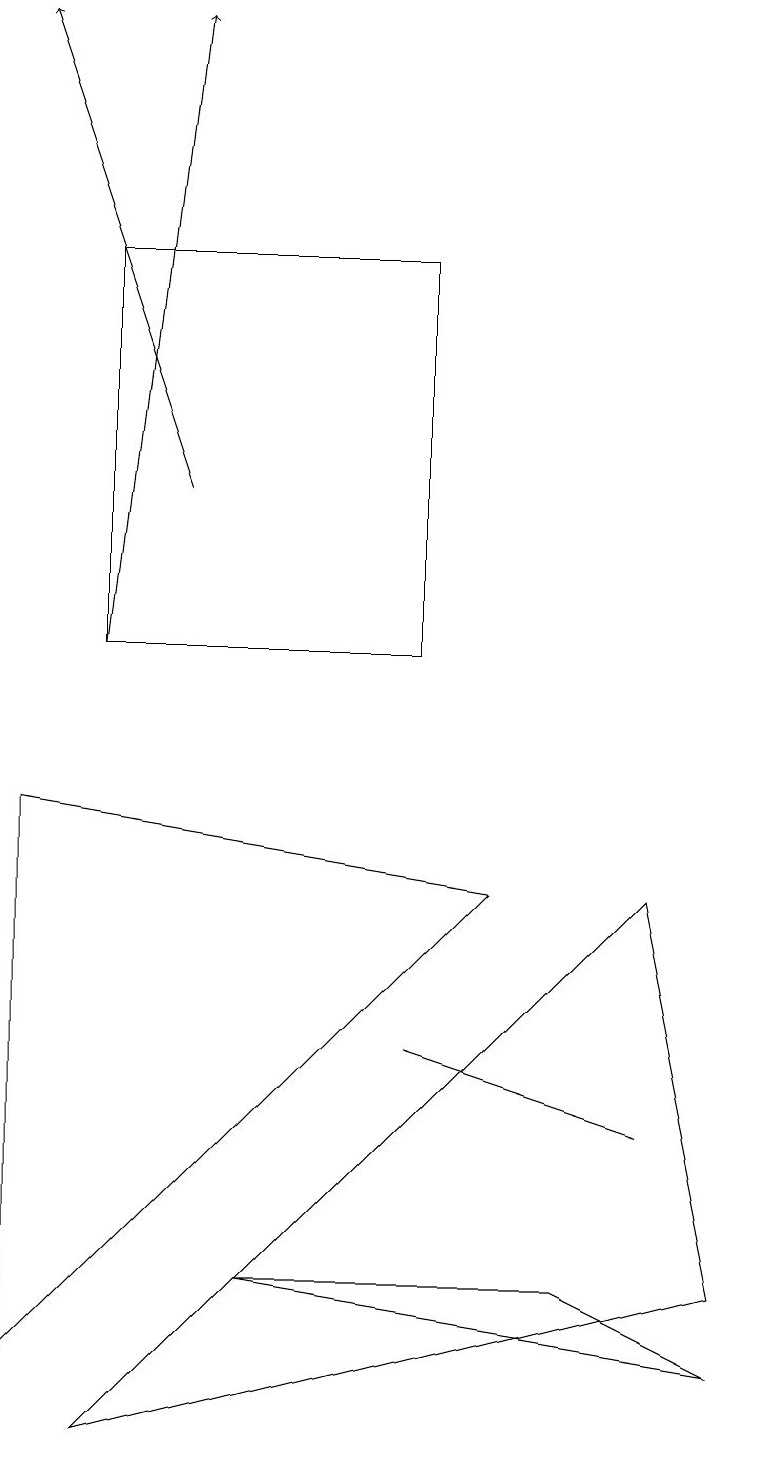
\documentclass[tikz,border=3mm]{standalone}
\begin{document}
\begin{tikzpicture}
\draw (6,7) -- (0,1) -- (0,8) -- cycle;
\draw (8,7) -- (1,0) -- (9,2) -- cycle;
\draw[->] (1,10) -- (2,18);
\draw (5,5) -- (8,4) -- (8,4) -- cycle;
\draw (9,1) -- (7,2) -- (3,2) -- cycle;
\draw[->] (2,12) -- (0,18);
\draw (5,15) rectangle (1,10);
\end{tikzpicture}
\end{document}